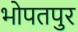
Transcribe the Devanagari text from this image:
भोपतपुर